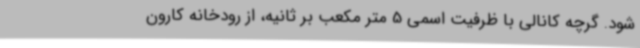
شود. گرچه کانالی با ظرفیت اسمی 5 متر مکعب بر ثانیه، از رودخانه کارون